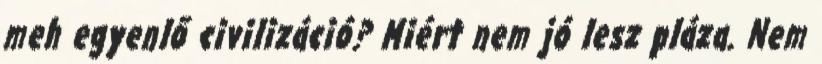
meh egyenlő civilizáció? Miért nem jó lesz pláza. Nem